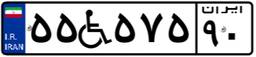
۵۵W۵۷۵۹۰